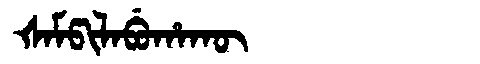
Manchu: ᡧᠠᠮᡦᡳᠯᠠᠪᡠᡥᠠᡴᡡ
Romanization: ŠAMPILABUHAKŪ